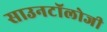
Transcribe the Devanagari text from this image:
साउनटॉलोजी